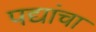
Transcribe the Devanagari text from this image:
पद्यांचा